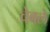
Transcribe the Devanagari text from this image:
वेबले